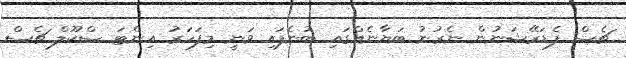
ޗެސް ފެޑަރޭޝަނުން ނެރުނު ބަޔާނެއްގައި ބުނެފައި ވަނީ މިފަހަރު އިންޓަ ސްކޫލް ޗެސް